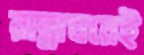
রান্নাঘরেই